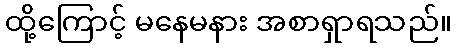
ထို့ကြောင့် မနေမနား အစာရှာရသည်။